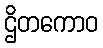
ဌိတကောဝ